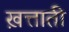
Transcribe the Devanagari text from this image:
ख़त्ताती